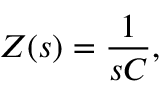
Z ( s ) = { \frac { 1 } { s C } } ,